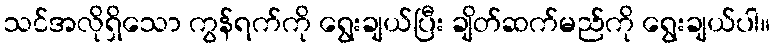
သင်အလိုရှိသော ကွန်ရက်ကို ရွေးချယ်ပြီး ချိတ်ဆက်မည်ကို ရွေးချယ်ပါ။